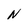
Character: N